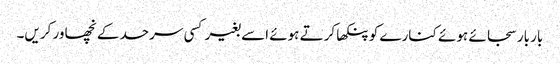
بار بار سجائے ہوئے کنارے کو پنکھا کرتے ہوئے اسے بغیر کسی سرحد کے نچھاور کریں۔